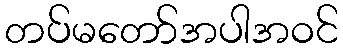
တပ်မတော်အပါအဝင်